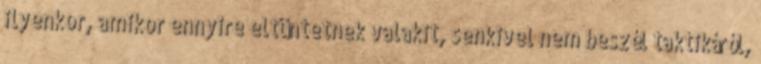
ilyenkor, amikor ennyire eltüntetnek valakit, senkivel nem beszél taktikáról,